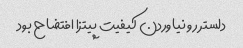
دلستر رو نیاوردن کیفیت پیتزا افتضاح بود